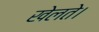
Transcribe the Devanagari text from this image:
खेलते।